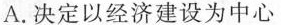
A.决定以经济建设为中心